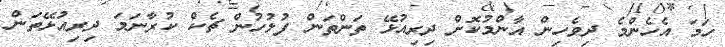
ހަމަ އެހެންމެ ދިވެހިން އާންމުކޮށް ދިރިއުޅޭ ތަންތަން ފުލުހުން ޗެކް ކުރާނަމަ ދިރިއުޅޭތަން